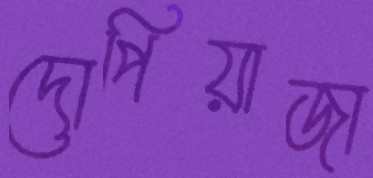
দোপিয়াজা